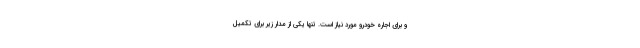
و برای اجاره خودرو مورد نیاز است. تنها یکی از مدار زیر برای تکمیل